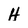
Character: H